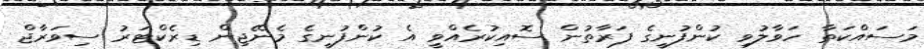
މަސައްކަތާ ހަވާލުވި ކުންފުނީގެ ފަރާތުން ސޮއިކުރެއްވީ އެ ކުންފުނީގެ މެނޭޖިން ޑިރެކްޓަރު ސިވަރާޖް